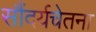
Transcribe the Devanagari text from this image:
सौंदर्यचेतना